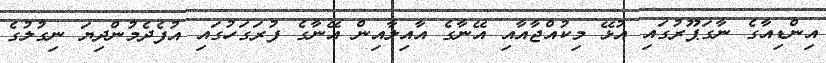
އިންޑިއާގެ ނާގަޕޫރުގައި އުޅޭ މިކުއްޖާއާއި އޭނާގެ އާއިލާއިން އޭނާގެ ފުރަގަހުގައި އުފެދެމުންދިޔަ ނިގުލުގެ